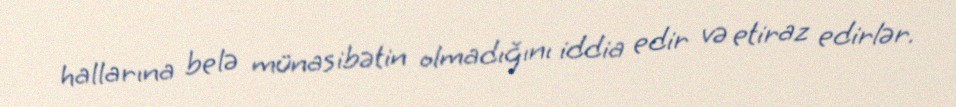
hallarına belə münasibətin olmadığını iddia edir və etiraz edirlər.